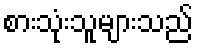
စားသုံးသူများသည်